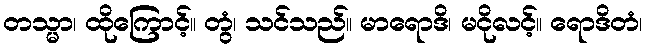
တသ္မာ၊ ထိုကြောင့်။ တွံ၊ သင်သည်။ မာရောဒိ၊ မငိုလင့်။ ရောဒိတံ၊